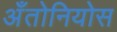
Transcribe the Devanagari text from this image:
अँतोनियोस